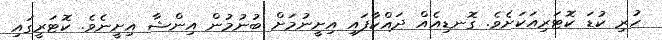
ހުރި ކުޑަ ކޮޓަރިއަކަށެވެ. ގޮނޑިއެއް ދައްކާފައި އިށީނުމަށް ބުނުމުން އިންޝާ އިށީނެވެ. ކޮޓަރީގައި